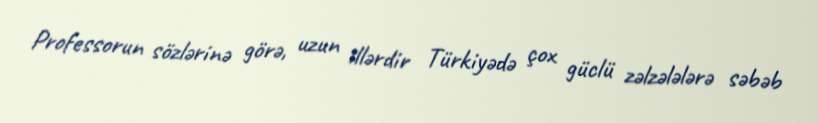
Professorun sözlərinə görə, uzun illərdir Türkiyədə çox güclü zəlzələlərə səbəb